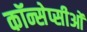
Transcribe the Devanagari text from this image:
कॉन्सेप्सीओं